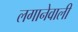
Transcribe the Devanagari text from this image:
लगानेवाली